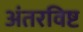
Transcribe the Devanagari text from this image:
अंतरविष्ट